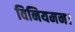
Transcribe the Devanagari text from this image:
विनियमन।